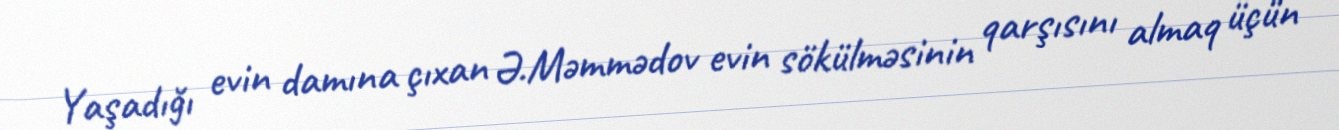
Yaşadığı evin damına çıxan Ə.Məmmədov evin sökülməsinin qarşısını almaq üçün